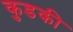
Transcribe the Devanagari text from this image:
कुडकी